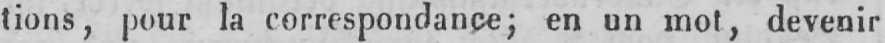
tions, pour la correspondance; en un mot, devenir